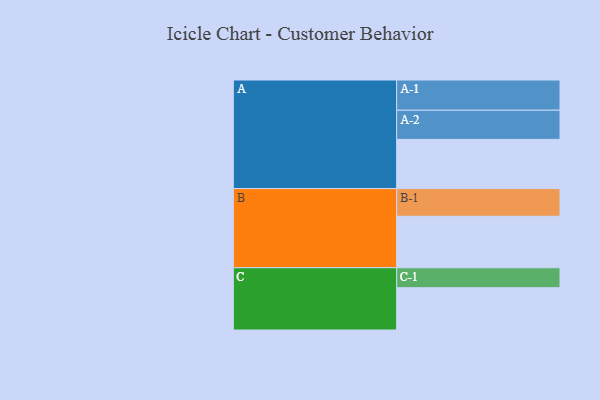
{"axis": {"x": "Segment", "y": "Value"}, "legend": ["", "A", "B", "C"], "data": [{"x": "A", "y": 428, "type": ""}, {"x": "B", "y": 448, "type": ""}, {"x": "C", "y": 368, "type": ""}, {"x": "A-1", "y": 263, "type": "A"}, {"x": "A-2", "y": 254, "type": "A"}, {"x": "B-1", "y": 241, "type": "B"}, {"x": "C-1", "y": 174, "type": "C"}]}